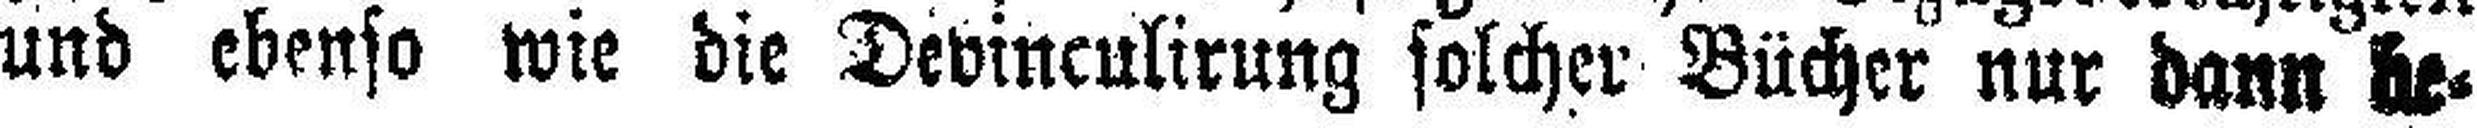
und ebenso wie die Devinculirung solcher Bücher nur dann be¬